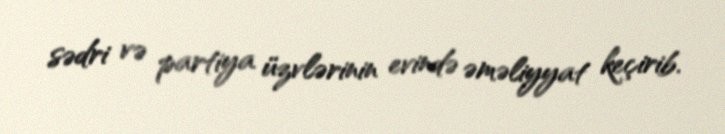
sədri və partiya üzvlərinin evində əməliyyat keçirib.